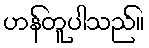
ဟန်တူပါသည်။